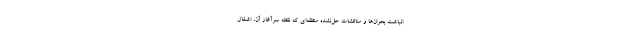
انباشت بحران‌ها و مناقشات حل­نشده منطقه‌ای که نقطه سرآغاز آن، اشغال